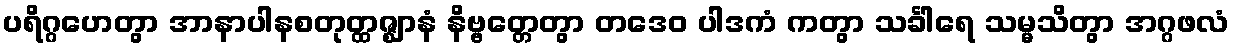
ပရိဂ္ဂဟေတွာ အာနာပါနစတုတ္ထဇ္ဈာနံ နိဗ္ဗတ္တေတွာ တဒေဝ ပါဒကံ ကတွာ သင်္ခါရေ သမ္မသိတွာ အဂ္ဂဖလံ